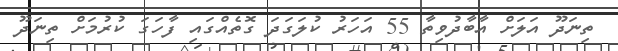
ތިނަދޫ އަލަށް އާބާދުވިތާ 55 އަހަރު ކުލަގަދަ ގޮތެއްގައި ފާހަގަ ކުރުމަށް ތިނަދޫ